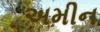
અમીન